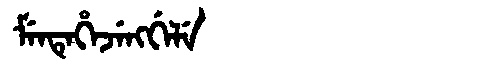
Manchu: ᠮᡝᠨᡨᡝᡥᡝᠵᡝᠩᡤᡝᠯᡝ
Romanization: MENTEHEJENGGELE